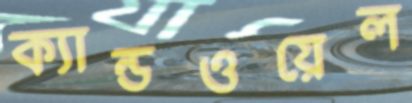
ক্যান্ডওয়েল